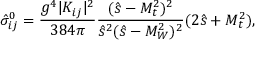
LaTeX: \hat { \sigma } _ { i j } ^ { 0 } = \frac { g ^ { 4 } \vert K _ { i j } \vert ^ { 2 } } { 3 8 4 \pi } \frac { ( \hat { s } - M _ { t } ^ { 2 } ) ^ { 2 } } { \hat { s } ^ { 2 } ( \hat { s } - M _ { W } ^ { 2 } ) ^ { 2 } } ( 2 \hat { s } + M _ { t } ^ { 2 } ) ,